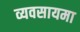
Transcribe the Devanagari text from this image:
व्यवसायमा